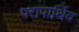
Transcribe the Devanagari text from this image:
परापार्थिव